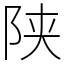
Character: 陕